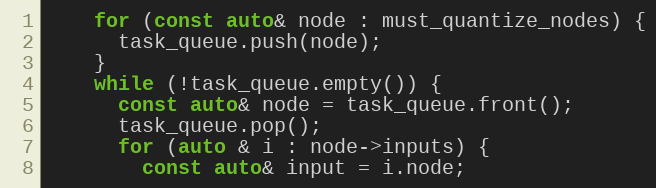
Language: C++
    for (const auto& node : must_quantize_nodes) {
      task_queue.push(node);
    }
    while (!task_queue.empty()) {
      const auto& node = task_queue.front();
      task_queue.pop();
      for (auto & i : node->inputs) {
        const auto& input = i.node;